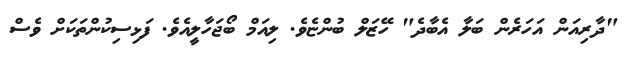
"ދާރިއަން އަހަރެން ބަލާ އެބާދެ" ހޭޒަލް ބުންޏެވެ. ލިއަމް ބޯޖަހާލީއެވެ. ފަޅިސިކުންތަކަށް ވެސް